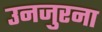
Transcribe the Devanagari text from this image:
उनजुरना